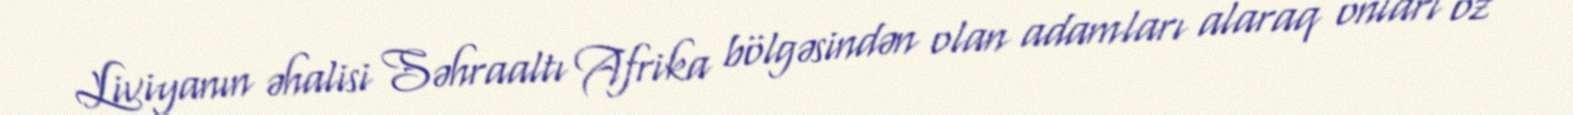
Liviyanın əhalisi Səhraaltı Afrika bölgəsindən olan adamları alaraq onları öz